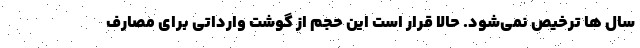
سال ها ترخیص نمی‌شود. حالا قرار است این حجم از گوشت وارداتی برای مصارف